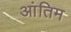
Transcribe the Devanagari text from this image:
आंतिम